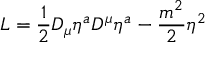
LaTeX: { \cal L } = \frac { 1 } { 2 } D _ { \mu } \eta ^ { a } D ^ { \mu } \eta ^ { a } - \frac { m ^ { 2 } } { 2 } \eta ^ { 2 }